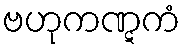
ဗဟုကဏ္ဋကံ